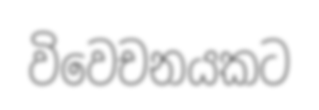
විවෙචනයකට